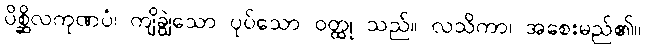
ပိစ္ဆိလကုဏပံ၊ ကျိချွဲသော ပုပ်သော ဝတ္ထု သည်။ လသိကာ၊ အစေးမည်၏။